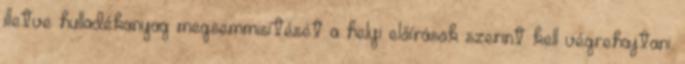
illetve hulladékanyag megsemmisítését a helyi előírások szerint kell végrehajtani.